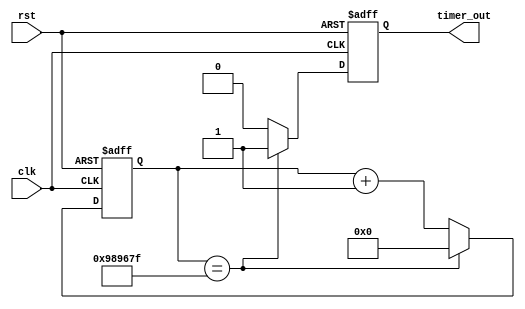
module IntervalTimer (
    input wire clk,
    input wire rst,
    output reg timer_out
);

reg [31:0] count;
reg [31:0] interval = 10000000; // specify the time interval here

always @(posedge clk or posedge rst) begin
    if (rst) begin
        count <= 0;
        timer_out <= 0;
    end else begin
        if (count == interval - 1) begin
            count <= 0;
            timer_out <= 1;
        end else begin
            count <= count + 1;
            timer_out <= 0;
        end
    end
end

endmodule